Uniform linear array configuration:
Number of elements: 32
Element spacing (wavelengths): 0.5
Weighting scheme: uniform
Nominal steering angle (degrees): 45
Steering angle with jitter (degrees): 45.807
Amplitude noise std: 0.05
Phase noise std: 0.05

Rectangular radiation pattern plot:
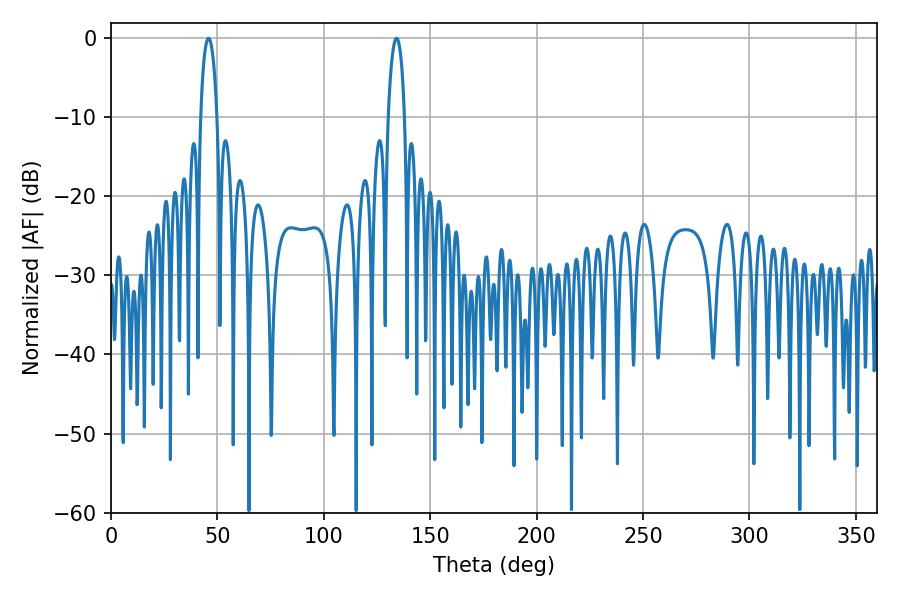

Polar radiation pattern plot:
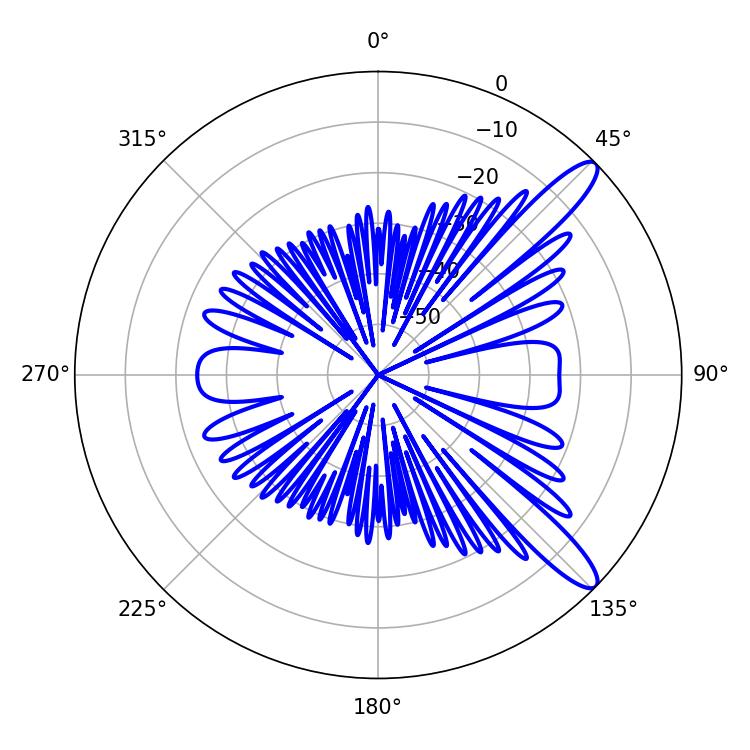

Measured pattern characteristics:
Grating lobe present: FALSE
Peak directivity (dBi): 12.007
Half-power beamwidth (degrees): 4.32
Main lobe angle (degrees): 45.9